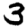
Digit: 3